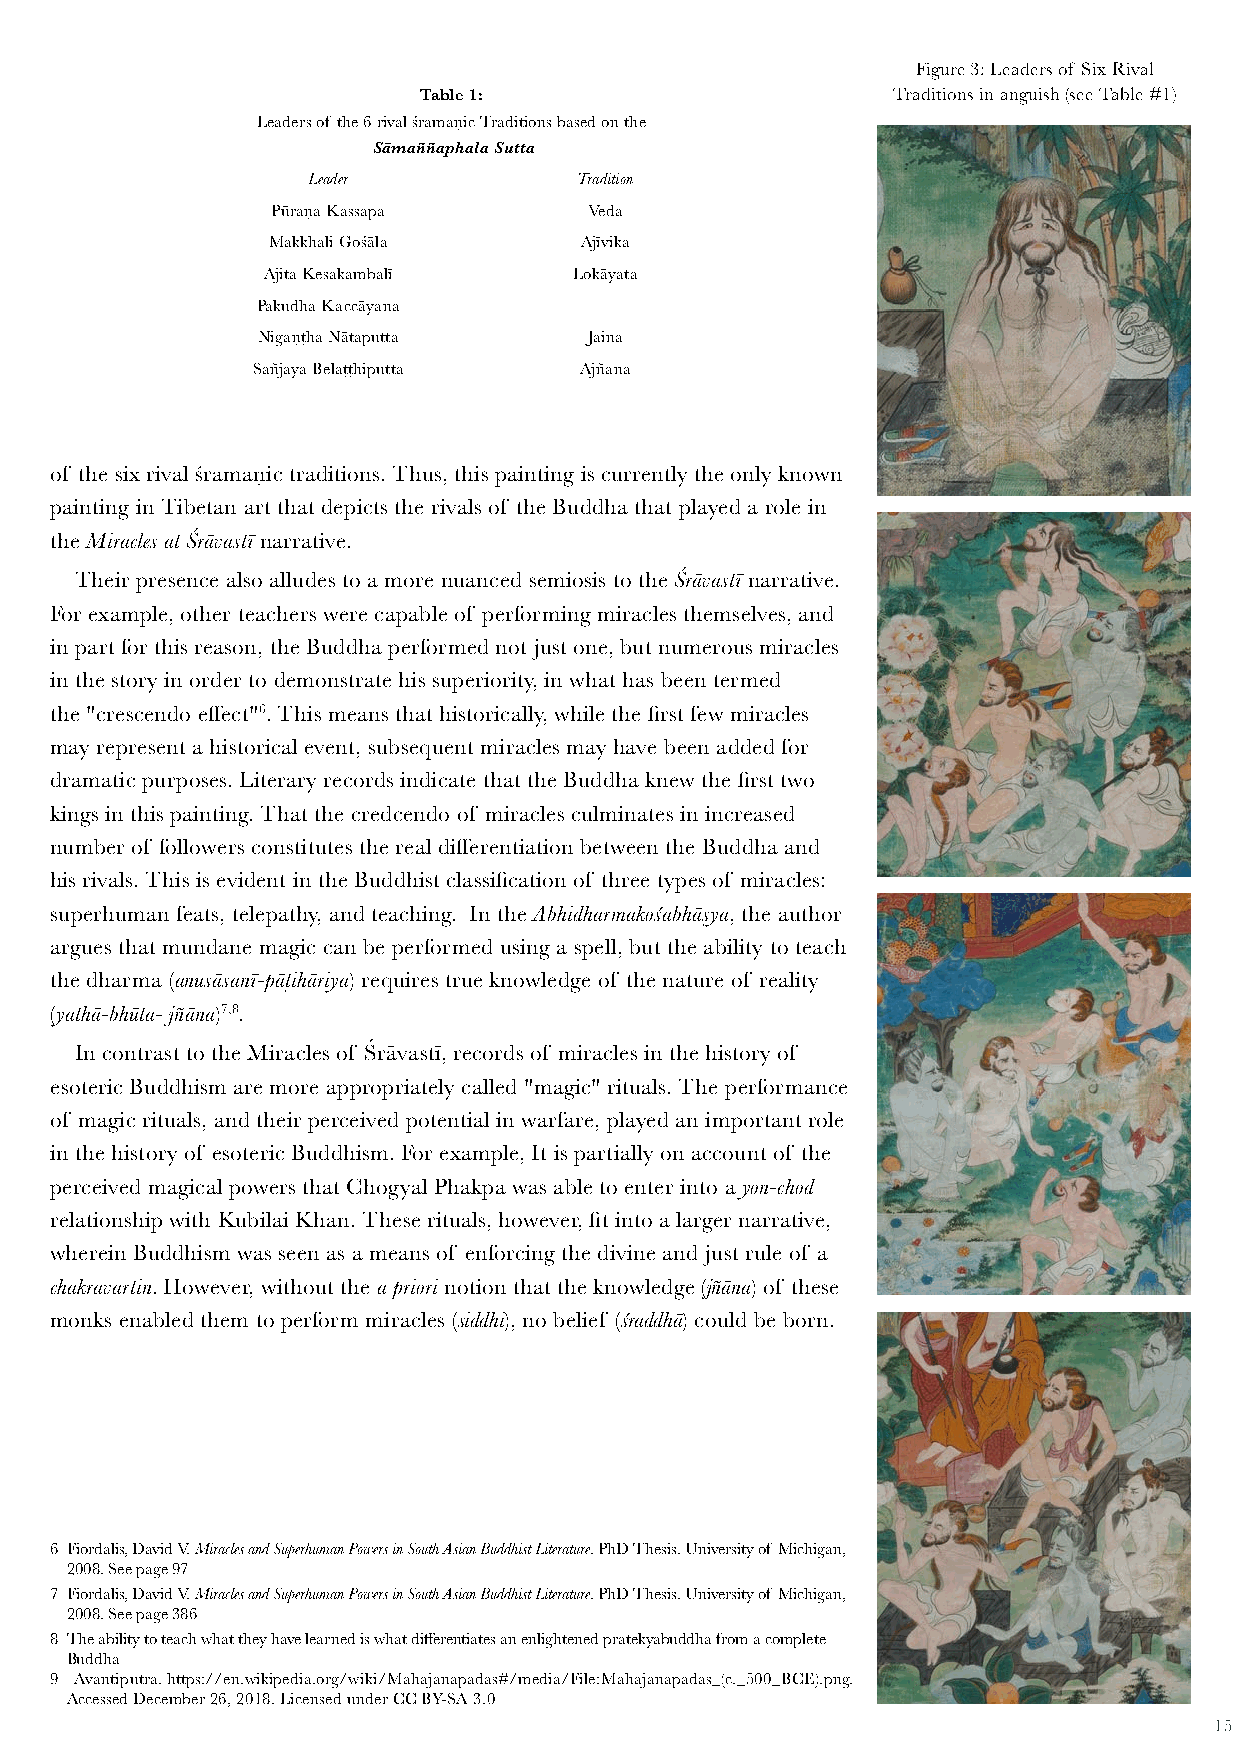
Figure 3: Leaders of Six Rival
 Table 1:                       Traditions in anguish (see Table #1)
 Leaders of the 6 rival śramaṇic Traditions based on the
 Sāmaññaphala Sutta
 Leader            Tradition
 Pūraṇa Kassapa       Veda
 Makkhali Gośāla     Ājīvika
 Ajita Kesakambalī    Lokāyata
 Pakudha Kaccāyana
 Nigaṇṭha Nātaputta    Jaina
 Sañjaya Belaṭṭhiputta Ajñana
 of the six rival śramaṇic traditions. Thus, this painting is currently the only known
 painting in Tibetan art that depicts the rivals of the Buddha that played a role in
 the Miracles at Śrāvastī narrative.
 Their presence also alludes to a more nuanced semiosis to the Śrāvastī narrative.
 For example, other teachers were capable of performing miracles themselves, and
 in part for this reason, the Buddha performed not just one, but numerous miracles
 in the story in order to demonstrate his superiority, in what has been termed
 the "crescendo effect"6. This means that historically, while the first few miracles
 may represent a historical event, subsequent miracles may have been added for
 dramatic purposes. Literary records indicate that the Buddha knew the first two
 kings in this painting. That the credcendo of miracles culminates in increased
 number of followers constitutes the real differentiation between the Buddha and
 his rivals. This is evident in the Buddhist classification of three types of miracles:
 superhuman feats, telepathy, and teaching. In the Abhidharmakośabhāṣya, the author
 argues that mundane magic can be performed using a spell, but the ability to teach
 the dharma (anusāsanī-pāṭihāriya) requires true knowledge of the nature of reality
 (yathā-bhūta- jñāna)7,8.
 In contrast to the Miracles of Śrāvastī, records of miracles in the history of
 esoteric Buddhism are more appropriately called "magic" rituals. The performance
 of magic rituals, and their perceived potential in warfare, played an important role
 in the history of esoteric Buddhism. For example, It is partially on account of the
 perceived magical powers that Chogyal Phakpa was able to enter into a yon-chod
 relationship with Kubilai Khan. These rituals, however, fit into a larger narrative,
 wherein Buddhism was seen as a means of enforcing the divine and just rule of a
 chakravartin. However, without the a priori notion that the knowledge (jñāna) of these
 monks enabled them to perform miracles (siddhi), no belief (śraddhā) could be born.
 6 Fiordalis, David V. Miracles and Superhuman Powers in South Asian Buddhist Literature. PhD Thesis. University of Michigan,
 2008. See page 97
 7 Fiordalis, David V. Miracles and Superhuman Powers in South Asian Buddhist Literature. PhD Thesis. University of Michigan,
 2008. See page 386
 8 The ability to teach what they have learned is what differentiates an enlightened pratekyabuddha from a complete
 Buddha
 9 Avantiputra. https://en.wikipedia.org/wiki/Mahajanapadas#/media/File:Mahajanapadas_(c._500_BCE).png.
 Accessed December 26, 2018. Licensed under CC BY-SA 3.0
 15